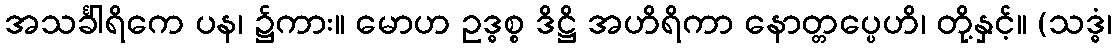
အသင်္ခါရိကေ ပန၊ ၌ကား။ မောဟ ဥဒ္ဓစ္စ ဒိဋ္ဌိ အဟိရိကာ နောတ္တပ္ပေဟိ၊ တို့နှင့်။ (သဒ္ဓံ၊